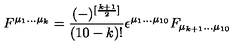
F ^ { \mu _ { 1 } . . . \mu _ { k } } = { \frac { ( - ) ^ { [ { \frac { k + 1 } { 2 } } ] } } { ( 1 0 - k ) ! } } \epsilon ^ { \mu _ { 1 } . . . \mu _ { 1 0 } } F _ { \mu _ { k + 1 } . . . \mu _ { 1 0 } }